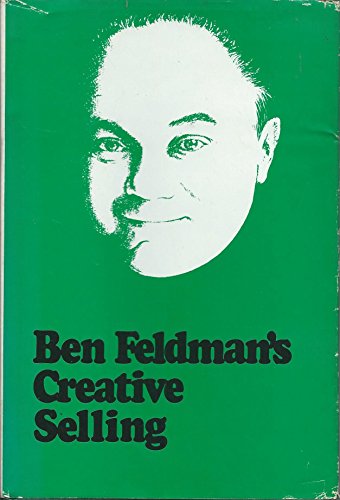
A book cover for Creative Selling: The World's Greatest Life Insurance Salesman Answers Your Questions; Ben Feldman; Business & Money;